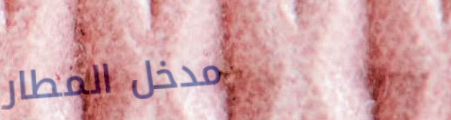
مدخل المطار